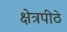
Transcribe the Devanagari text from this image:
क्षेत्रपीठे